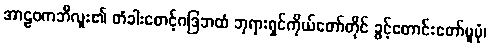
အာဠဝကဘီလူး၏ တံခါးစောင့်ဂဒြဘထံ ဘုရားရှင်ကိုယ်တော်တိုင် ခွင့်တောင်းတော်မူပုံ၊